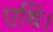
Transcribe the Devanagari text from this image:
एधि।